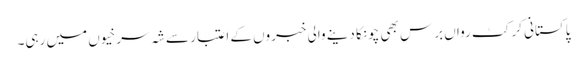
پاکستانی کرکٹ رواں برس بھی چونکا دینے والی خبروں کے اعتبار سے شہ سرخیوں میں رہی۔